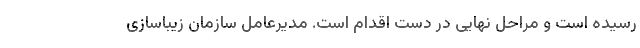
رسیده است و مراحل نهایی در دست اقدام است. مدیرعامل سازمان زیباسازی